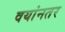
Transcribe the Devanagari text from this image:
वयांनतर